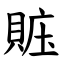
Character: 賘